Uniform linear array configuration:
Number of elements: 24
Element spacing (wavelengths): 0.25
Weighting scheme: blackman
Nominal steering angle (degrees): -45
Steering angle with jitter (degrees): -44.002
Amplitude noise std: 0.05
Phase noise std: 0.05

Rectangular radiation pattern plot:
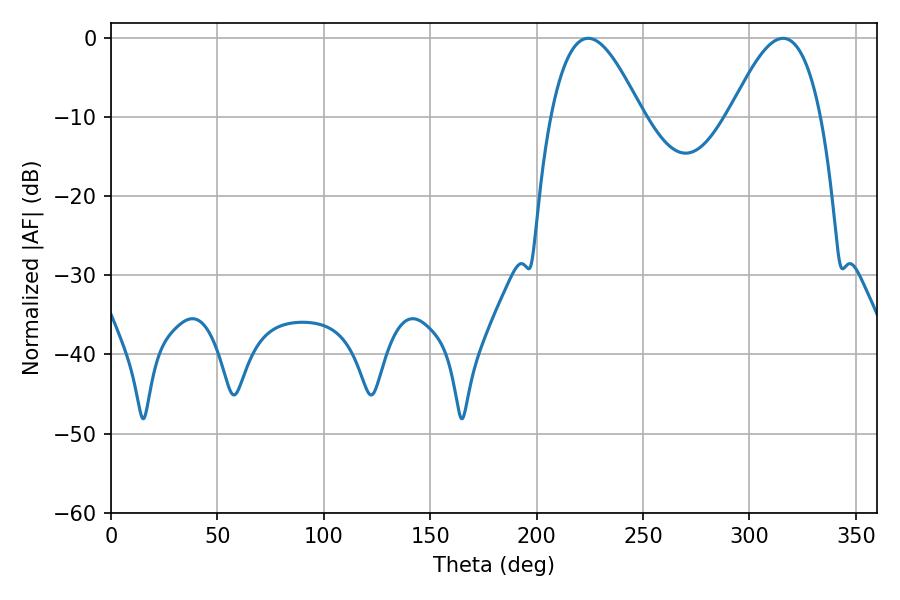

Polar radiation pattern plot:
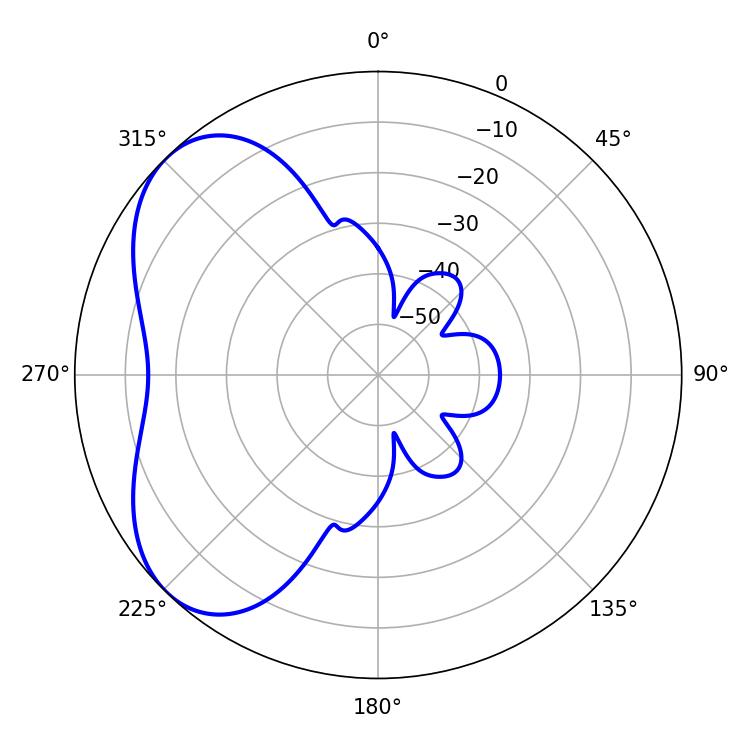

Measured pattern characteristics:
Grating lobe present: FALSE
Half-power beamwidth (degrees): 23.22
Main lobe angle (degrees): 224.28